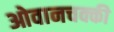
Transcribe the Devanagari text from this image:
ओवानचक्की